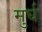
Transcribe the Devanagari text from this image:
मुर्घ